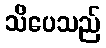
သိပေသည်